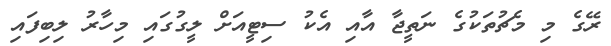
ރޭގެ މި މެޗުތަކުގެ ނަތީޖާ އާއި އެކު ސިޓީއަށް ލީގުގައި މިހާރު ލިބިފައި